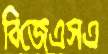
বিজেএসএ